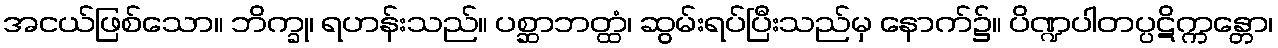
အငယ်ဖြစ်သော။ ဘိက္ခု၊ ရဟန်းသည်။ ပစ္ဆာဘတ္ထံ၊ ဆွမ်းရပ်ပြီးသည်မှ နောက်၌။ ပိဏ္ဍပါတပ္ပဋိက္ကန္တော၊